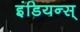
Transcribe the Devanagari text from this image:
इंडियन्स्